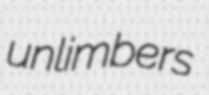
unlimbers